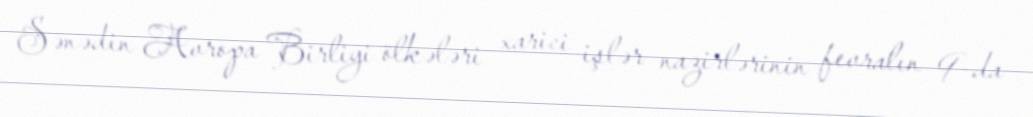
Sənədin Avropa Birliyi ölkələri xarici işlər nazirlərinin fevralın 9-da